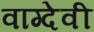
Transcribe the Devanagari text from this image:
वाग्‍देवी